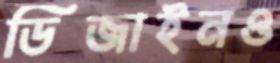
ডিজাইনও